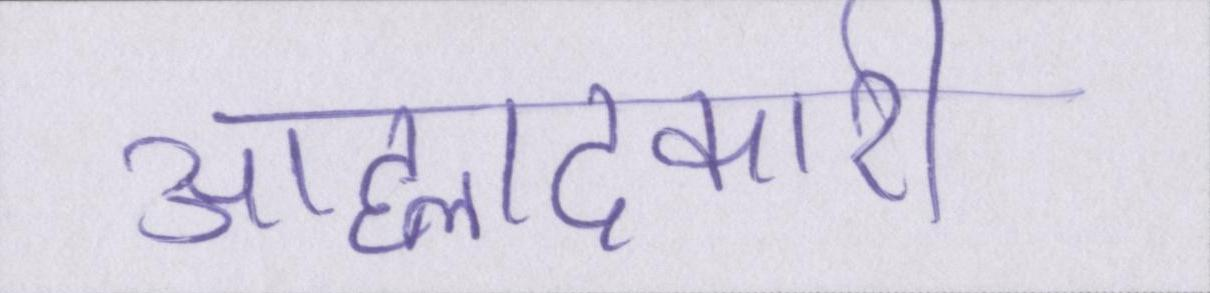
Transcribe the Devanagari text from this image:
आह्लादकारी